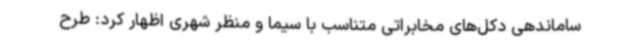
ساماندهی دکل‌های مخابراتی متناسب با سیما و منظر شهری اظهار کرد: طرح